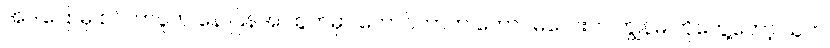
အဲဒါပြောမှ စင်ကာပူက နေ ပြန်အ ထွက်မှာ ကောင်တာက ကောင်မလေးက ကျွန်မ ကိုတွေ့တော့ သူက